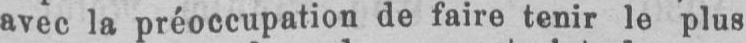
avec la préoccupation de faire tenir le plus